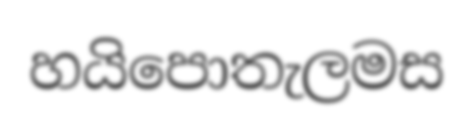
හයිපොතැලමස